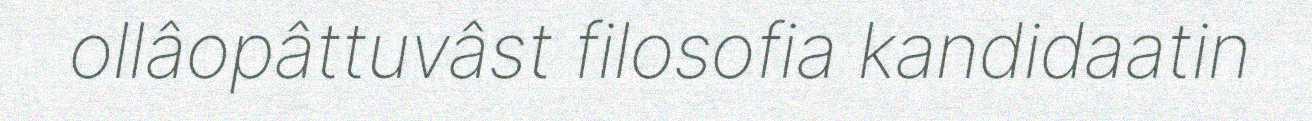
ollâopâttuvâst filosofia kandidaatin